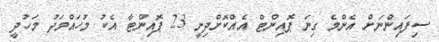
ސިފައިންނަށް އެންމެ ގިނަ ޕޮއިންޓް އެއްކޮށްދިނީ 23 ޕޮއިންޓާ އެކު މުހައްމަދު މަހުދީ